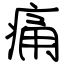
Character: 痛